Investigations into the jail dietaries of the United Provinces with some observations on the influence of dietary on the physical development and well-being of the people of the United Provinces - Number 48
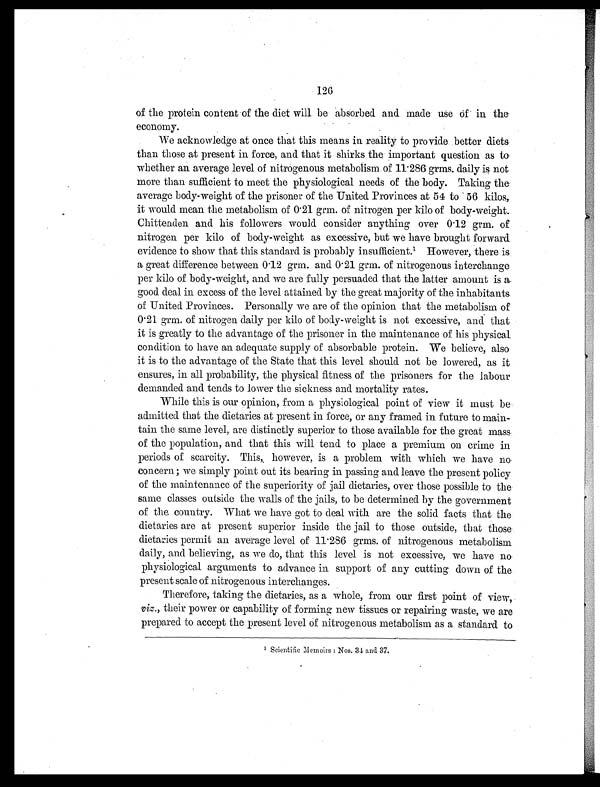
126
of the protein content of the diet will be absorbed and made use of in the
economy.
We acknowledge at once that this means in reality to provide better diets
than those at present in force, and that it shirks the important question as to
whether an average level of nitrogenous metabolism of 11.286 grms. daily is not
more than sufficient to meet the physiological needs of the body. Taking the
average body-weight of the prisoner of the United Provinces at 54 to 56 kilos,
it would mean the metabolism of 0.21 grm. of nitrogen per kilo of body-weight.
Chittenden and his followers would consider anything over 0.12 grm. of
nitrogen per kilo of body-weight as excessive, but we have brought forward
evidence to show that this standard is probably insufficient. 1 However, there is
a great difference between 0.12 grm. and 0.21 grm. of nitrogenous interchange
per kilo of body-weight, and we are fully persuaded that the latter amount is a
good deal in excess of the level attained by the great majority of the inhabitants
of United Provinces. Personally we are of the opinion that the metabolism of
0.21 grm. of nitrogen daily per kilo of body-weight is not excessive, and that
it is greatly to the advantage of the prisoner in the maintenance of his physical.
condition to have an adequate supply of absorbable protein. We believe, also
it is to the advantage of the State that this level should not be lowered, as it
ensures, in all probability, the physical fitness of the prisoners for the labour
demanded and tends to lower the sickness and mortality rates.
While this is our opinion, from a physiological point of view it must be
admitted that the dietaries at present in force, or any framed in future to main-
tain the same level, are distinctly superior to those available for the great mass
of the population, and that this will tend to place a premium on crime in
periods of scarcity. This, however, is a problem with which we have no
concern; we simply point out its bearing in passing and leave the present policy
of the maintenance of the superiority of jail dietaries, over those possible to the
same classes outside the walls of the jails, to be determined by the government
of the country. What we have got to deal with are the solid facts that the
dietaries are at present superior inside the jail to those outside, that those
dietaries permit an average level of 11.286 grms. of nitrogenous metabolism
daily, and believing, as we do, that this level is not excessive, we have no
physiological arguments to advance in support of any cutting down of the
present scale of nitrogenous interchanges.
Therefore, taking the dietaries, as a whole, from our first point of view,
viz., their power or capability of forming new tissues or repairing waste, we are
prepared to accept the present level of nitrogenous metabolism as a standard to
1 Scientific Memoirs: Nos. 34 and 37.